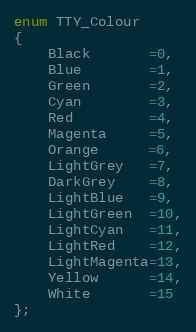
Language: C
enum TTY_Colour
{
	Black       =0,
	Blue        =1,
	Green       =2,
	Cyan        =3,
	Red         =4,
	Magenta     =5,
	Orange      =6,
	LightGrey   =7,
	DarkGrey    =8,
	LightBlue   =9,
	LightGreen  =10,
	LightCyan   =11,
	LightRed    =12,
	LightMagenta=13,
	Yellow      =14,
	White       =15
};